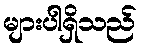
များပါရှိသည်